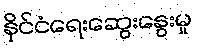
နိုင်ငံရေးဆွေးနွေးမှု